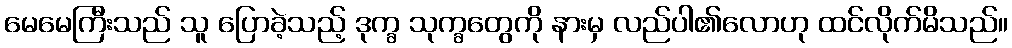
မေမေကြီးသည် သူ ပြောခဲ့သည့် ဒုက္ခ သုက္ခတွေကို နားမှ လည်ပါ၏လောဟု ထင်လိုက်မိသည်။